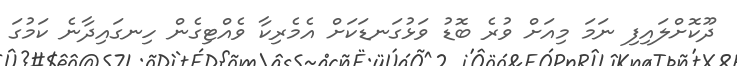
ދޫކޮށްލައިފި ނަމަ މިއަށް ވުރެ ބޮޑު ވަޅުގަނޑަކަށް އެމެރިކާ ވެއްޓިގެން ހިނގައިދާނެ ކަމުގަ